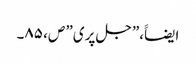
ایضاََ،”جل پری” ص، ۸۵۔